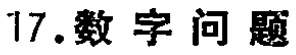
17.数字问题